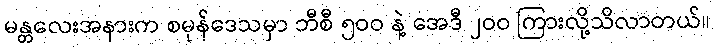
မန္တလေးအနားက စမုန်ဒေသမှာ ဘီစီ ၅ဝဝ နဲ့ အေဒီ ၂ဝဝ ကြားလို့သိလာတယ်။